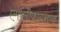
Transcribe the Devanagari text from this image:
एमप्लीफायरएक